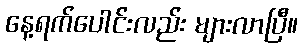
နေ့ရက်ပေါင်းလည်း များလာပြီ။